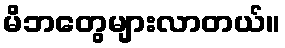
မိဘတွေများလာတယ်။